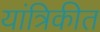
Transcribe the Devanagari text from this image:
यांत्रिकीत